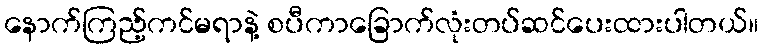
နောက်ကြည့်ကင်မရာနဲ့ စပီကာခြောက်လုံးတပ်ဆင်ပေးထားပါတယ်။